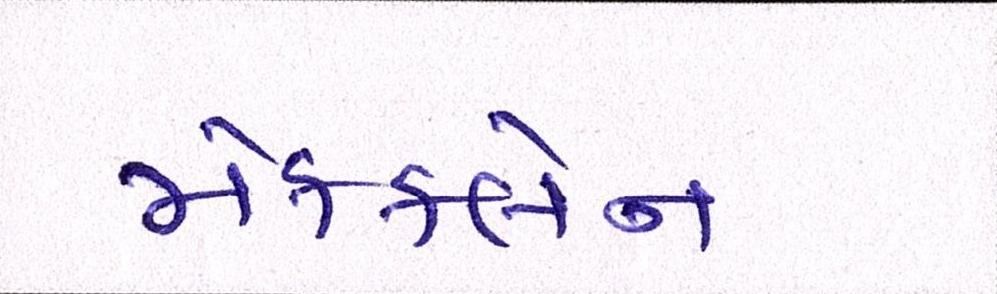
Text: મેકક્લેન